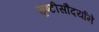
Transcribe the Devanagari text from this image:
सृष्टीसौंदर्याने